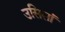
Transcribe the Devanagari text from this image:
उसिसां